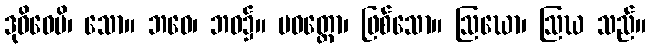
ဒုဝိဓေပိ၊ သော။ ဘဝေ၊ ဘဝ၌။ ပဝတ္တော၊ ဖြစ်သော။ ဩဃော၊ ဩဃ သည်။